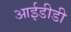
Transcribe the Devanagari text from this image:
आईडीडी